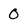
Character: 0